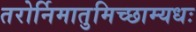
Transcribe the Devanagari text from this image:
तरोर्निमातुमिच्छाम्यधः